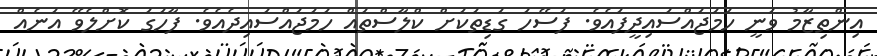
އިންތިޒާމު ވަނީ ހަމަޖައްސައިދީފައެވެ. ފަސޭހަ ގަޑިތަކަށް ކްލާސްތައް ހަމަޖައްސައިދެއެވެ. ފާހަގަ ކޮށްލެވޭ އަނެއް